Annual report on the Civil Veterinary Department, Burma (including the Insein Veterinary School) - 1923-1931
Year: 1923
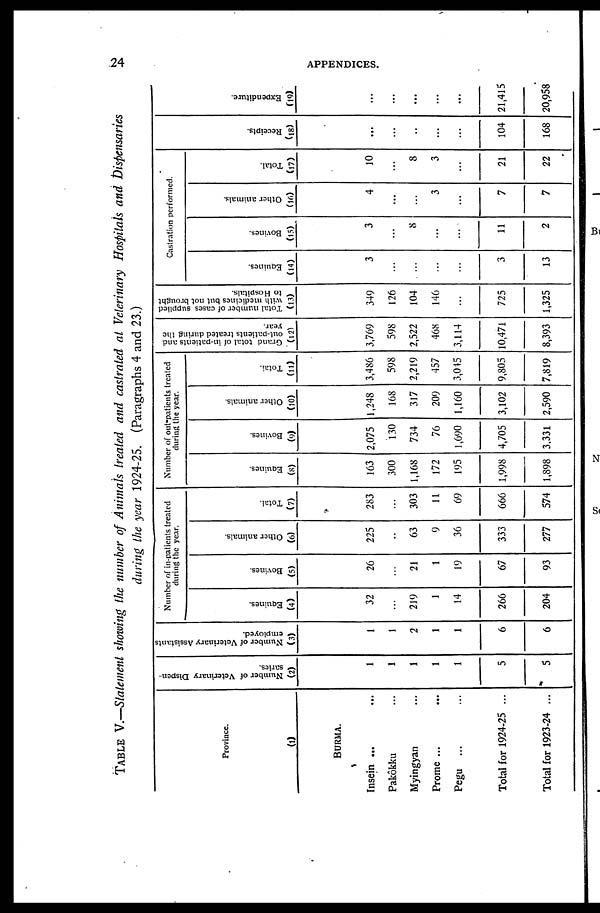
24
APPENDICES.
TABLE V.—Statement showing the number of Animals treated and castrated at Veterinary Hospitals and Dispensaries
during the year 1924-25. (Paragraphs 4 and 23.)
Province.
(1)
BURMA.
Insein ... ...
Pakôkku ...
Myingyan ...
Prome ...
Pegu
...
Total for 1924-25 ...
Total for 1923-24 ...
Number of Veterinary Dispen-
saries.
(2)
1
1
1
1
1
5
5
Number of Veterinary Assistants
employed.
(3)
1
1
2
1
1
6
6
Number of in-patients treated
during the year.
Equines.
(4)
32
...
219
1
14
266
204
Bovines.
(5)
26
...
21
1
19
67
93
Other animals.
(6)
225
..
63
9
36
333
277
Total.
(7)
283
...
303
11
69
666
574
Number of outpatients treated
during the year.
Equines.
(8)
163
300
1,168
172
195
1,998
1,898
Bovines.
(9)
2,075
130
734
76
1,690
4,705
3,331
Other animals.
(10)
1,248
168
317
209
1,160
3,102
2,590
Total.
(11)
3,486
598
2,219
457
3,045
9,805
7,819
Grand total of in-patients and
out-patients treated during the
year.
(12)
3,769
598
2,522
468
3,114
10,471
8,393
Total number of cases supplied
with medicines but not brought
to Hospitals.
(13)
349
126
104
146
...
725
1,325
Castration performed.
Equines.
(14)
3
...
...
...
...
3
13
Bovines.
(15)
3
...
8
...
...
11
2
Other animals.
(16)
4
...
...
3
...
7
7
Total.
(17)
10
...
8
3
...
21
22
Receipts.
(18)
...
...
...
...
...
104
168
Expenditure.
(19)
...
...
...
...
...
21,415
20,958